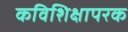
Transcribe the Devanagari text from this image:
कविशिक्षापरक